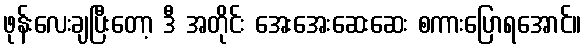
ဖုန်းလေးချပြီးတော့ ဒီ အတိုင်း အေးအေးဆေးဆေး စကားပြောရအောင်။